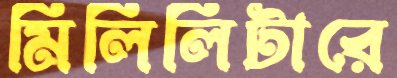
মিলিলিটারে